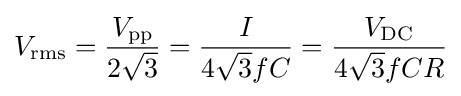
V_{\mathrm {rms} }={\frac {V_{\mathrm {pp} }}{2{\sqrt {3}}}}={\frac {I}{4{\sqrt {3}}fC}}={\frac {V_{\mathrm {DC} }}{4{\sqrt {3}}fCR}}